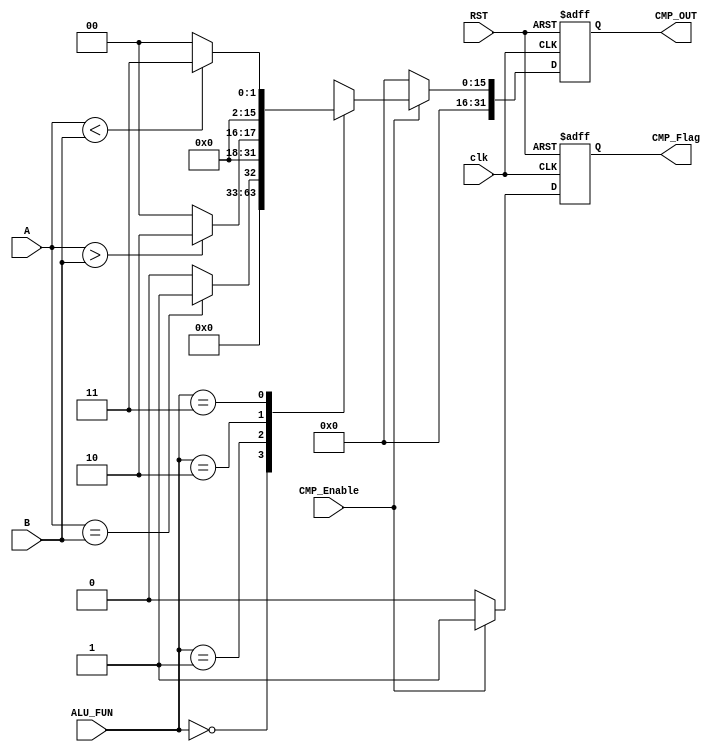
module CMP_UNIT #(
    parameter WIDTH = 16
) (
    input   wire    [WIDTH - 1 : 0]     A,
    input   wire    [WIDTH - 1 : 0]     B,
    input   wire    [     1    : 0]     ALU_FUN,
    input   wire                        clk, RST,
    input   wire                        CMP_Enable,

    output  reg     [2*WIDTH - 1 : 0]     CMP_OUT,
    output  reg                         CMP_Flag

);
    
    reg     [WIDTH - 1 : 0]         CMP_OUT_comb;

    always @(*) begin
        case (ALU_FUN)
            2'b00: begin    //NOP
                CMP_OUT_comb <= 'b0;
            end
            2'b01: begin
                if (A == B) begin
                    CMP_OUT_comb <= 'b01;
                end
                else    begin
                    CMP_OUT_comb <= 'b0;
                end
            end
            2'b10: begin
                if (A > B) begin
                    CMP_OUT_comb <= 'b010;
                end
                else    begin
                    CMP_OUT_comb <= 'b0;
                end
            end
            2'b11: begin
                if (A < B) begin
                    CMP_OUT_comb <= 'b011;
                end
                else    begin
                    CMP_OUT_comb <= 'b0;
                end
            end
        endcase 
    end

    always @ (posedge clk, negedge RST) begin
        if (!RST) begin
            CMP_OUT <= 'b0;
            CMP_Flag <= 1'b0;
        end else begin
            if (CMP_Enable) begin
                CMP_OUT <= CMP_OUT_comb;    
                CMP_Flag <= 1'b1;
            end else begin
                CMP_OUT <= 'b0;
                CMP_Flag <= 1'b0;
            end
        end     
    end


endmodule